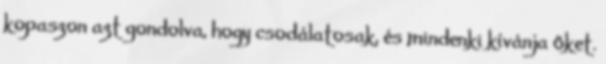
kopaszon azt gondolva, hogy csodálatosak, és mindenki kívánja őket.